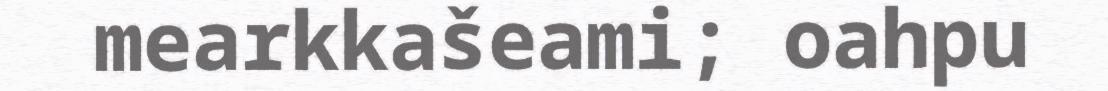
mearkkašeami; oahpu